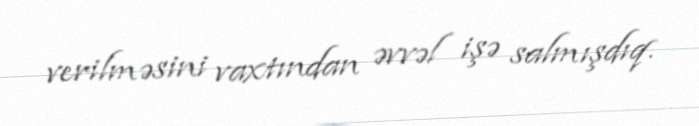
verilməsini vaxtından əvvəl işə salmışdıq.